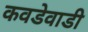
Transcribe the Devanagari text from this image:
कवडेवाडी